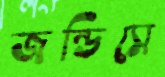
জন্ডিসে